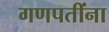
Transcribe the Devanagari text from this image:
गणपतींना